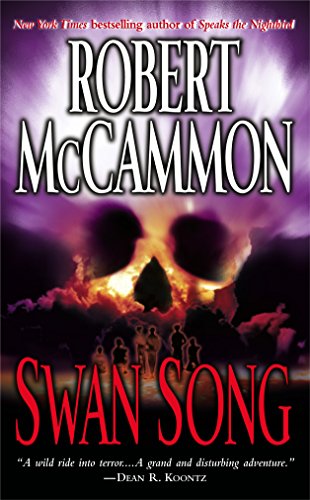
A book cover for Swan Song; Robert McCammon; Literature & Fiction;